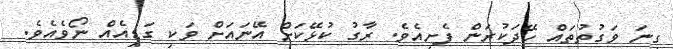
ގިނަ ވަގުތުތައް ހޭދަކުރަން ފެށިއެވެ. ރާގު ކުޅޭކަށް އޭނައަށް ވަކި ގަޑިއެއް ނޯވެއެވެ.